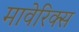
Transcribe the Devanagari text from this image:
मावेरिक्स